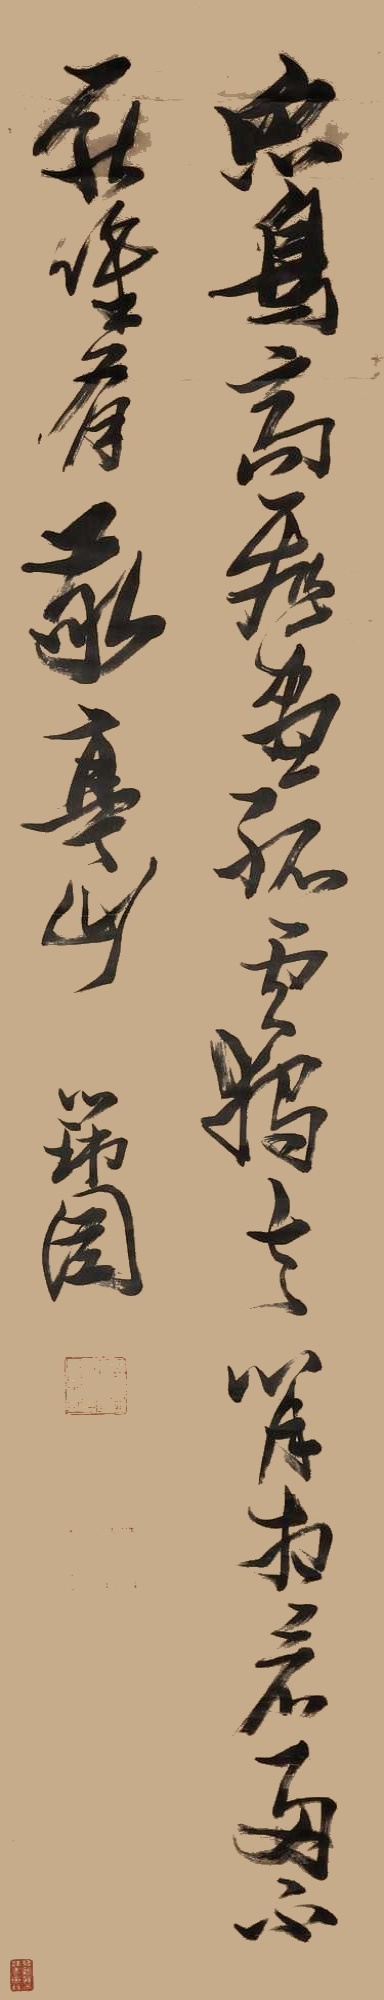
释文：众鸟高飞尽，孤云独去闲。相看两不厌，只有敬亭山。瑞图。